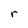
Character: r